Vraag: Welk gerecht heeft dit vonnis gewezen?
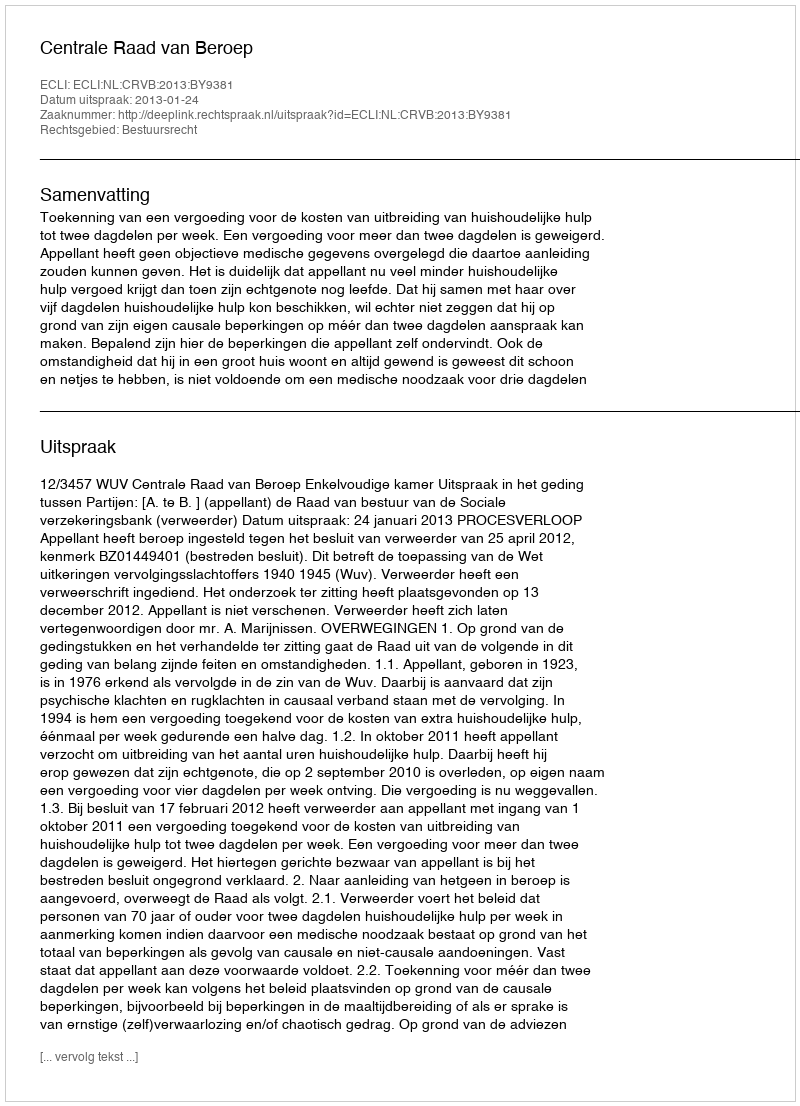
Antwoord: Centrale Raad van Beroep